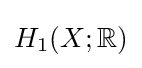
H_{1}(X;\mathbb {R} )